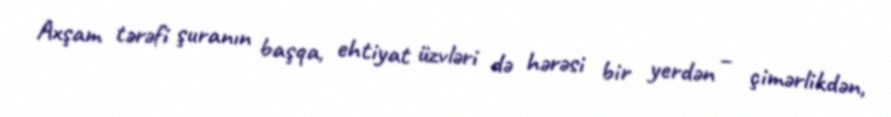
Axşam tərəfi şuranın başqa, ehtiyat üzvləri də hərəsi bir yerdən – çimərlikdən,